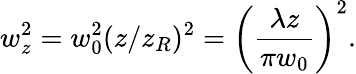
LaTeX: w_{z}^{2}=w_{0}^{2}(z/z_{R})^{2}=\left(\frac{\lambda z}{\pi w_{0}}\right)^{2}.